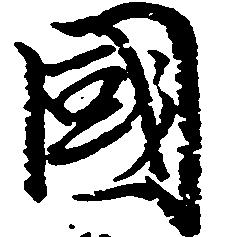
国